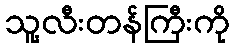
သူ့လီးတန်ကြီးကို